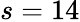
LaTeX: s=14